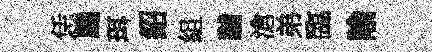
恁颺珥紹組黼滄弟臨隃